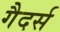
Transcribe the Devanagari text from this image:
गैदर्स